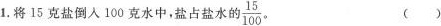
1.将15克盐倒入100克水中，盐占盐水的 \frac{15}{100}()